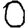
Digit: 0